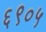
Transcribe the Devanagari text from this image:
६९०५